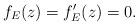
LaTeX: \begin{align*}f_E(z)=f_E'(z)=0.\end{align*}